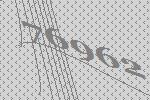
76962